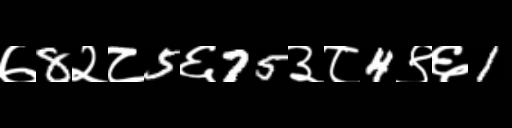
Text: ७8२८5६75३८4९६1